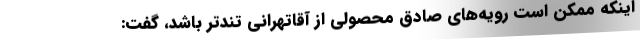
اینکه ممکن است رویه‌های صادق محصولی از آقاتهرانی تندتر باشد، گفت: